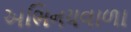
અભિનયવાળા